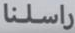
راسلنا